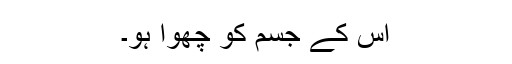
اس کے جسم کو چھوا ہو۔